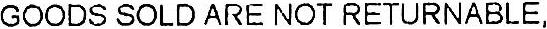
GOODS SOLD ARE NOT RETURNABLE,